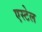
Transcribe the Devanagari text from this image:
एस्टेल